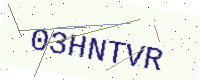
Text: 03HNTVR